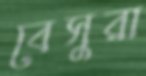
বেসুরা